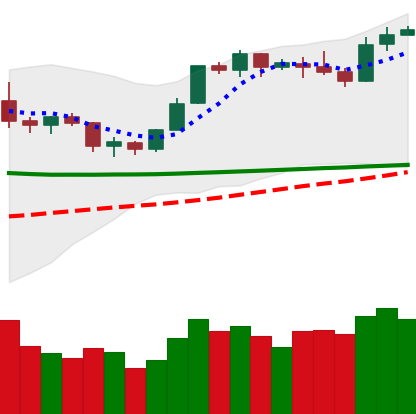
Ticker: BTC-USD
Chart end date: 2020-02-07
Forward return: 5.411%
Label: up_5_7